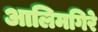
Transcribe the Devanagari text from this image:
आलिमगिरे